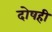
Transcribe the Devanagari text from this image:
दोषही